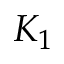
K _ { 1 }